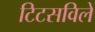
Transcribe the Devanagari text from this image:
टिटसविले